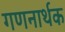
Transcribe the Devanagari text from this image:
गणनार्थक